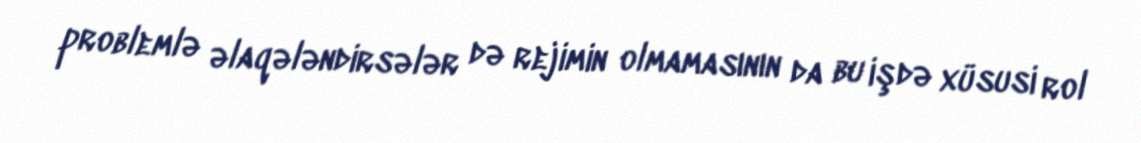
problemlə əlaqələndirsələr də rejimin olmamasının da bu işdə xüsusi rol